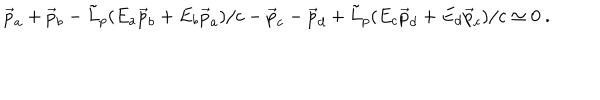
LaTeX: \vec { p } _ { a } + \vec { p } _ { b } - { \tilde { L } } _ { p } ( E _ { a } \vec { p } _ { b } + E _ { b } \vec { p } _ { a } ) / c - \vec { p } _ { c } - \vec { p } _ { d } + { \tilde { L } } _ { p } ( E _ { c } \vec { p } _ { d } + E _ { d } \vec { p } _ { c } ) / c \simeq 0 ~ .